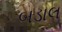
બડાલ